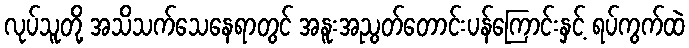
လုပ်သူတို့ အသိသက်သေနေရာတွင် အနူးအညွတ်တောင်းပန်ကြောင်းနှင့် ရပ်ကွက်ထဲ